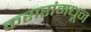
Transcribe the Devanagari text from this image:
करारांमधून